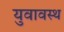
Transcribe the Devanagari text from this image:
युवावस्थ